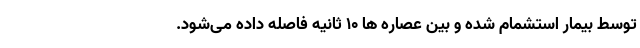
توسط بیمار استشمام شده و بین عصاره ها ۱۰ ثانیه فاصله داده می‌شود.